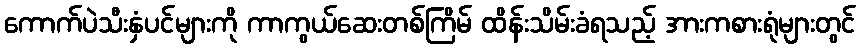
ကောက်ပဲသီးနှံပင်များကို ကာကွယ်ဆေးတစ်ကြိမ် ထိန်းသိမ်းခံရသည့် အားကစားရုံများတွင်